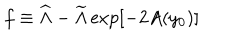
f \equiv { \widehat \Lambda } - { \widetilde \Lambda } \exp [ - 2 A ( y _ { 0 } ) ]